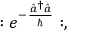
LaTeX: : e ^ { - \frac { { \hat { a } } ^ { \dagger } \hat { a } } { \hbar } } : ,